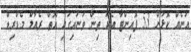
އަނެއް ކޮޅުން 53 ޕޮއިންޓާ އެކު ތިން ވަނައިގައި އޮތް ރެއާލް މެޑްރިޑް